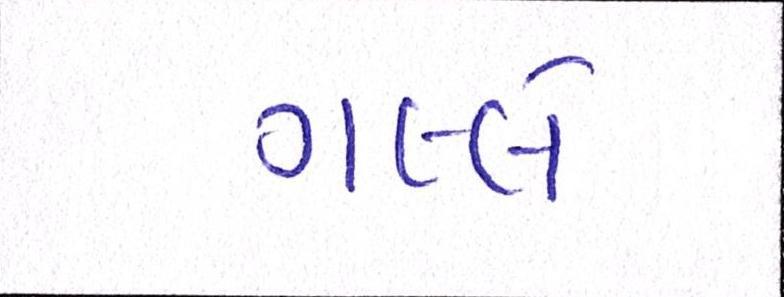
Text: ગલ્લે